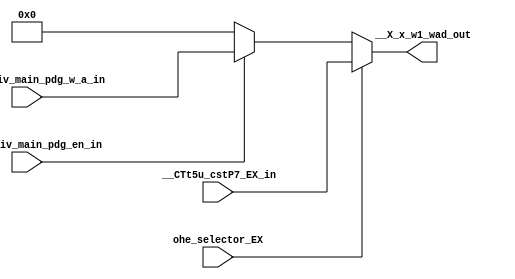

// File generated by Go version U-2022.12#33f3808fcb#221128, Thu Jan 25 16:08:15 2024
// Copyright 2014-2022 Synopsys, Inc. All rights reserved.
// go -I../lib -F -DSYNTHESIS_NO_UNGROUP -D__tct_patch__=0 -Verilog -otrv32p3_cnn_vlog -cgo_options.cfg -Itrv32p3_cnn_vlog/tmp_pdg -updg -updg_controller trv32p3_cnn



`timescale 1ns/1ps

// module mux___X_x_w1_wad : mux___X_x_w1_wad
module mux___X_x_w1_wad
  ( input            ohe_selector_EX,
    input            X_x_w1_div_main_pdg_en_in, // uint1_t
    input      [4:0] __CTt5u_cstP7_EX_in, // t5u
    input      [4:0] X_x_w1_div_main_pdg_w_a_in, // t5unz
    output reg [4:0] __X_x_w1_wad_out // t5u
  );


  always @ (*)

  begin : p_mux___X_x_w1_wad

    __X_x_w1_wad_out = 5'h0;

    // (__X_x_w1_wad_cp_X_x_w1_div_main_pdg_w_a_X_x_w1_div_main_pdg_en)
    if (X_x_w1_div_main_pdg_en_in)
    begin
      __X_x_w1_wad_out = X_x_w1_div_main_pdg_w_a_in;
    end

    if (ohe_selector_EX) // (__X_x_w1_wad_copy0___CTt5u_cstP7_EX)
    begin
      // [regX.n:99]
      __X_x_w1_wad_out = __CTt5u_cstP7_EX_in;
    end

  end

endmodule